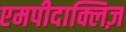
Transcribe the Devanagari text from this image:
एमपीदाक्लिज़